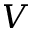
V